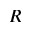
R